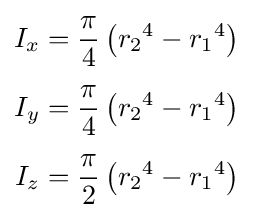
{\begin{aligned}I_{x}&={\frac {\pi }{4}}\left({r_{2}}^{4}-{r_{1}}^{4}\right)\\[3pt]I_{y}&={\frac {\pi }{4}}\left({r_{2}}^{4}-{r_{1}}^{4}\right)\\[3pt]I_{z}&={\frac {\pi }{2}}\left({r_{2}}^{4}-{r_{1}}^{4}\right)\end{aligned}}